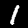
Label: 1